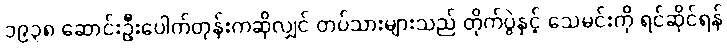
၁၉၃၈ ဆောင်းဦးပေါက်တုန်းကဆိုလျှင် တပ်သားများသည် တိုက်ပွဲနှင့် သေမင်းကို ရင်ဆိုင်ရန်